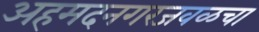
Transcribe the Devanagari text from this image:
अहमदनगरजवळचा